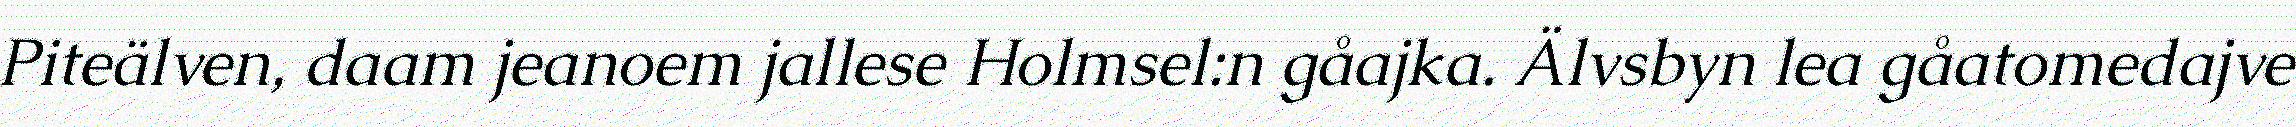
Piteälven, daam jeanoem jallese Holmsel:n gåajka. Älvsbyn lea gåatomedajve